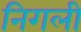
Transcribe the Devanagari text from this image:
निगली